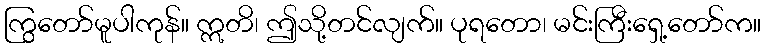
ကြွတော်မူပါကုန်။ ဣတိ၊ ဤသို့တင်လျက်။ ပုရတော၊ မင်းကြီးရှေ့တော်က။